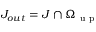
J _ { o u t } = J \cap \Omega _ { \mathrm { ~ u ~ p ~ } }